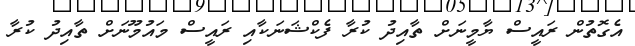
އެގޮތުން ރައީސް ޔާމީނަށް ތާއިދު ކުރާ ފެކްޝަނަކާއި ރައީސް މައުމޫނަށް ތާއިދު ކުރާ